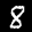
Label: 8